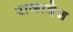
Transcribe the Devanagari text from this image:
राजादेश